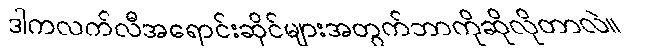
ဒါကလက်လီအရောင်းဆိုင်များအတွက်ဘာကိုဆိုလိုတာလဲ။